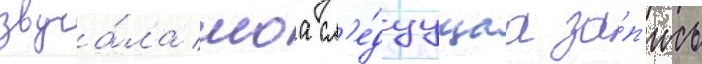
звуча́ла моа сл'е́дуущаа за́п'ись